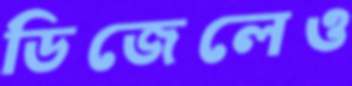
ডিজেলেও